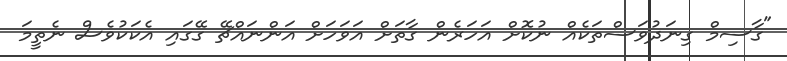
"ގާސިމް ގިނަދުވަސްތަކެއް ނުކޮށް އަހަރެން ގާތަށް އަވަހަށް އަންނައްޗޭ ގޭގައި އެކަކުވެސް ނެތީމަ